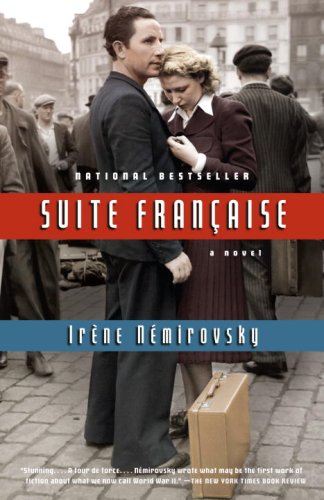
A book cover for Suite FranÃ§aise; IrÃ¨ne NÃ©mirovsky; Literature & Fiction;